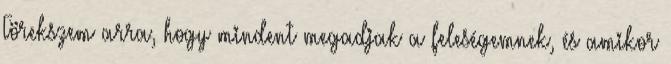
Törekszem arra, hogy mindent megadjak a feleségemnek, és amikor